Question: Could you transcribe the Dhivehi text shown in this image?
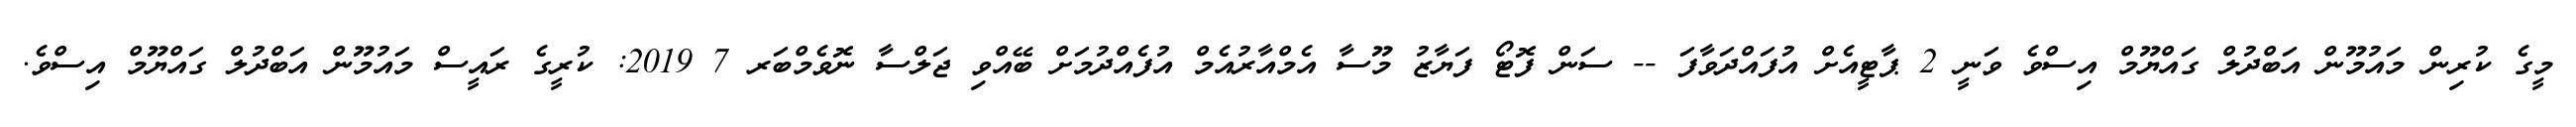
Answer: މީގެ ކުރިން މައުމޫން އަބްދުލް ގައްޔޫމް އިސްވެ ވަނީ 2 ޕާޓީއެށް އުފައްދަވާފަ -- ސަން ފޮޓޯ ފަޔާޒު މޫސާ އެމްއާރުއެމް އުފެއްދުމަށް ބޭއްވި ޖަލްސާ ނޮވެމްބަރ 7 2019: ކުރީގެ ރައީސް މައުމޫން އަބްދުލް ގައްޔޫމް އިސްވެ.